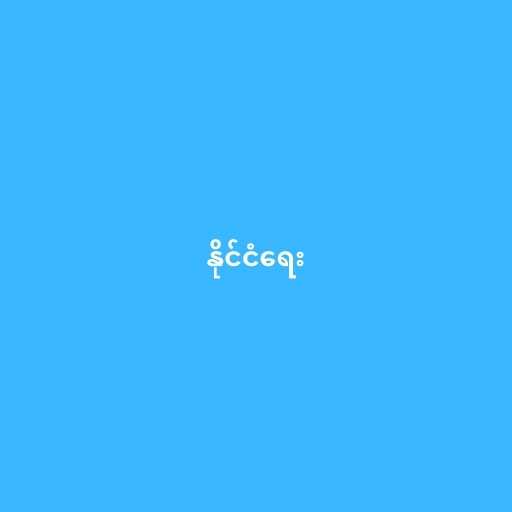
နိုင်ငံရေး